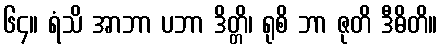
၆၄။ ရံသိ အာဘာ ပဘာ ဒိတ္တိ၊ ရုစိ ဘာ ဇုတိ ဒီဓိတိ။